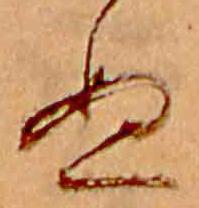
ぬ